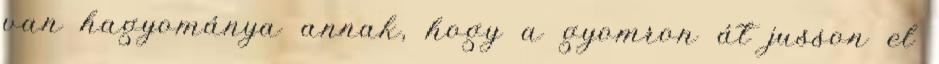
van hagyománya annak, hogy a gyomron át jusson el